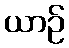
ယာဉ်